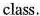
class.